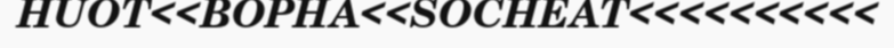
HUOT<<BOPHA<<SOCHEAT<<<<<<<<<<